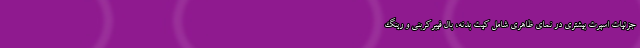
جزئیات اسپرت بیشتری در نمای ظاهری شامل کیت بدنه، بال فیبرکربنی و رینگ